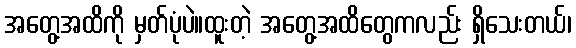
အတွေ့အထိကို မှတ်ပုံပဲ။ထူးတဲ့ အတွေ့အထိတွေကလည်း ရှိသေးတယ်၊